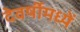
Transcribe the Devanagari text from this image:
देवर्षीमध्यें